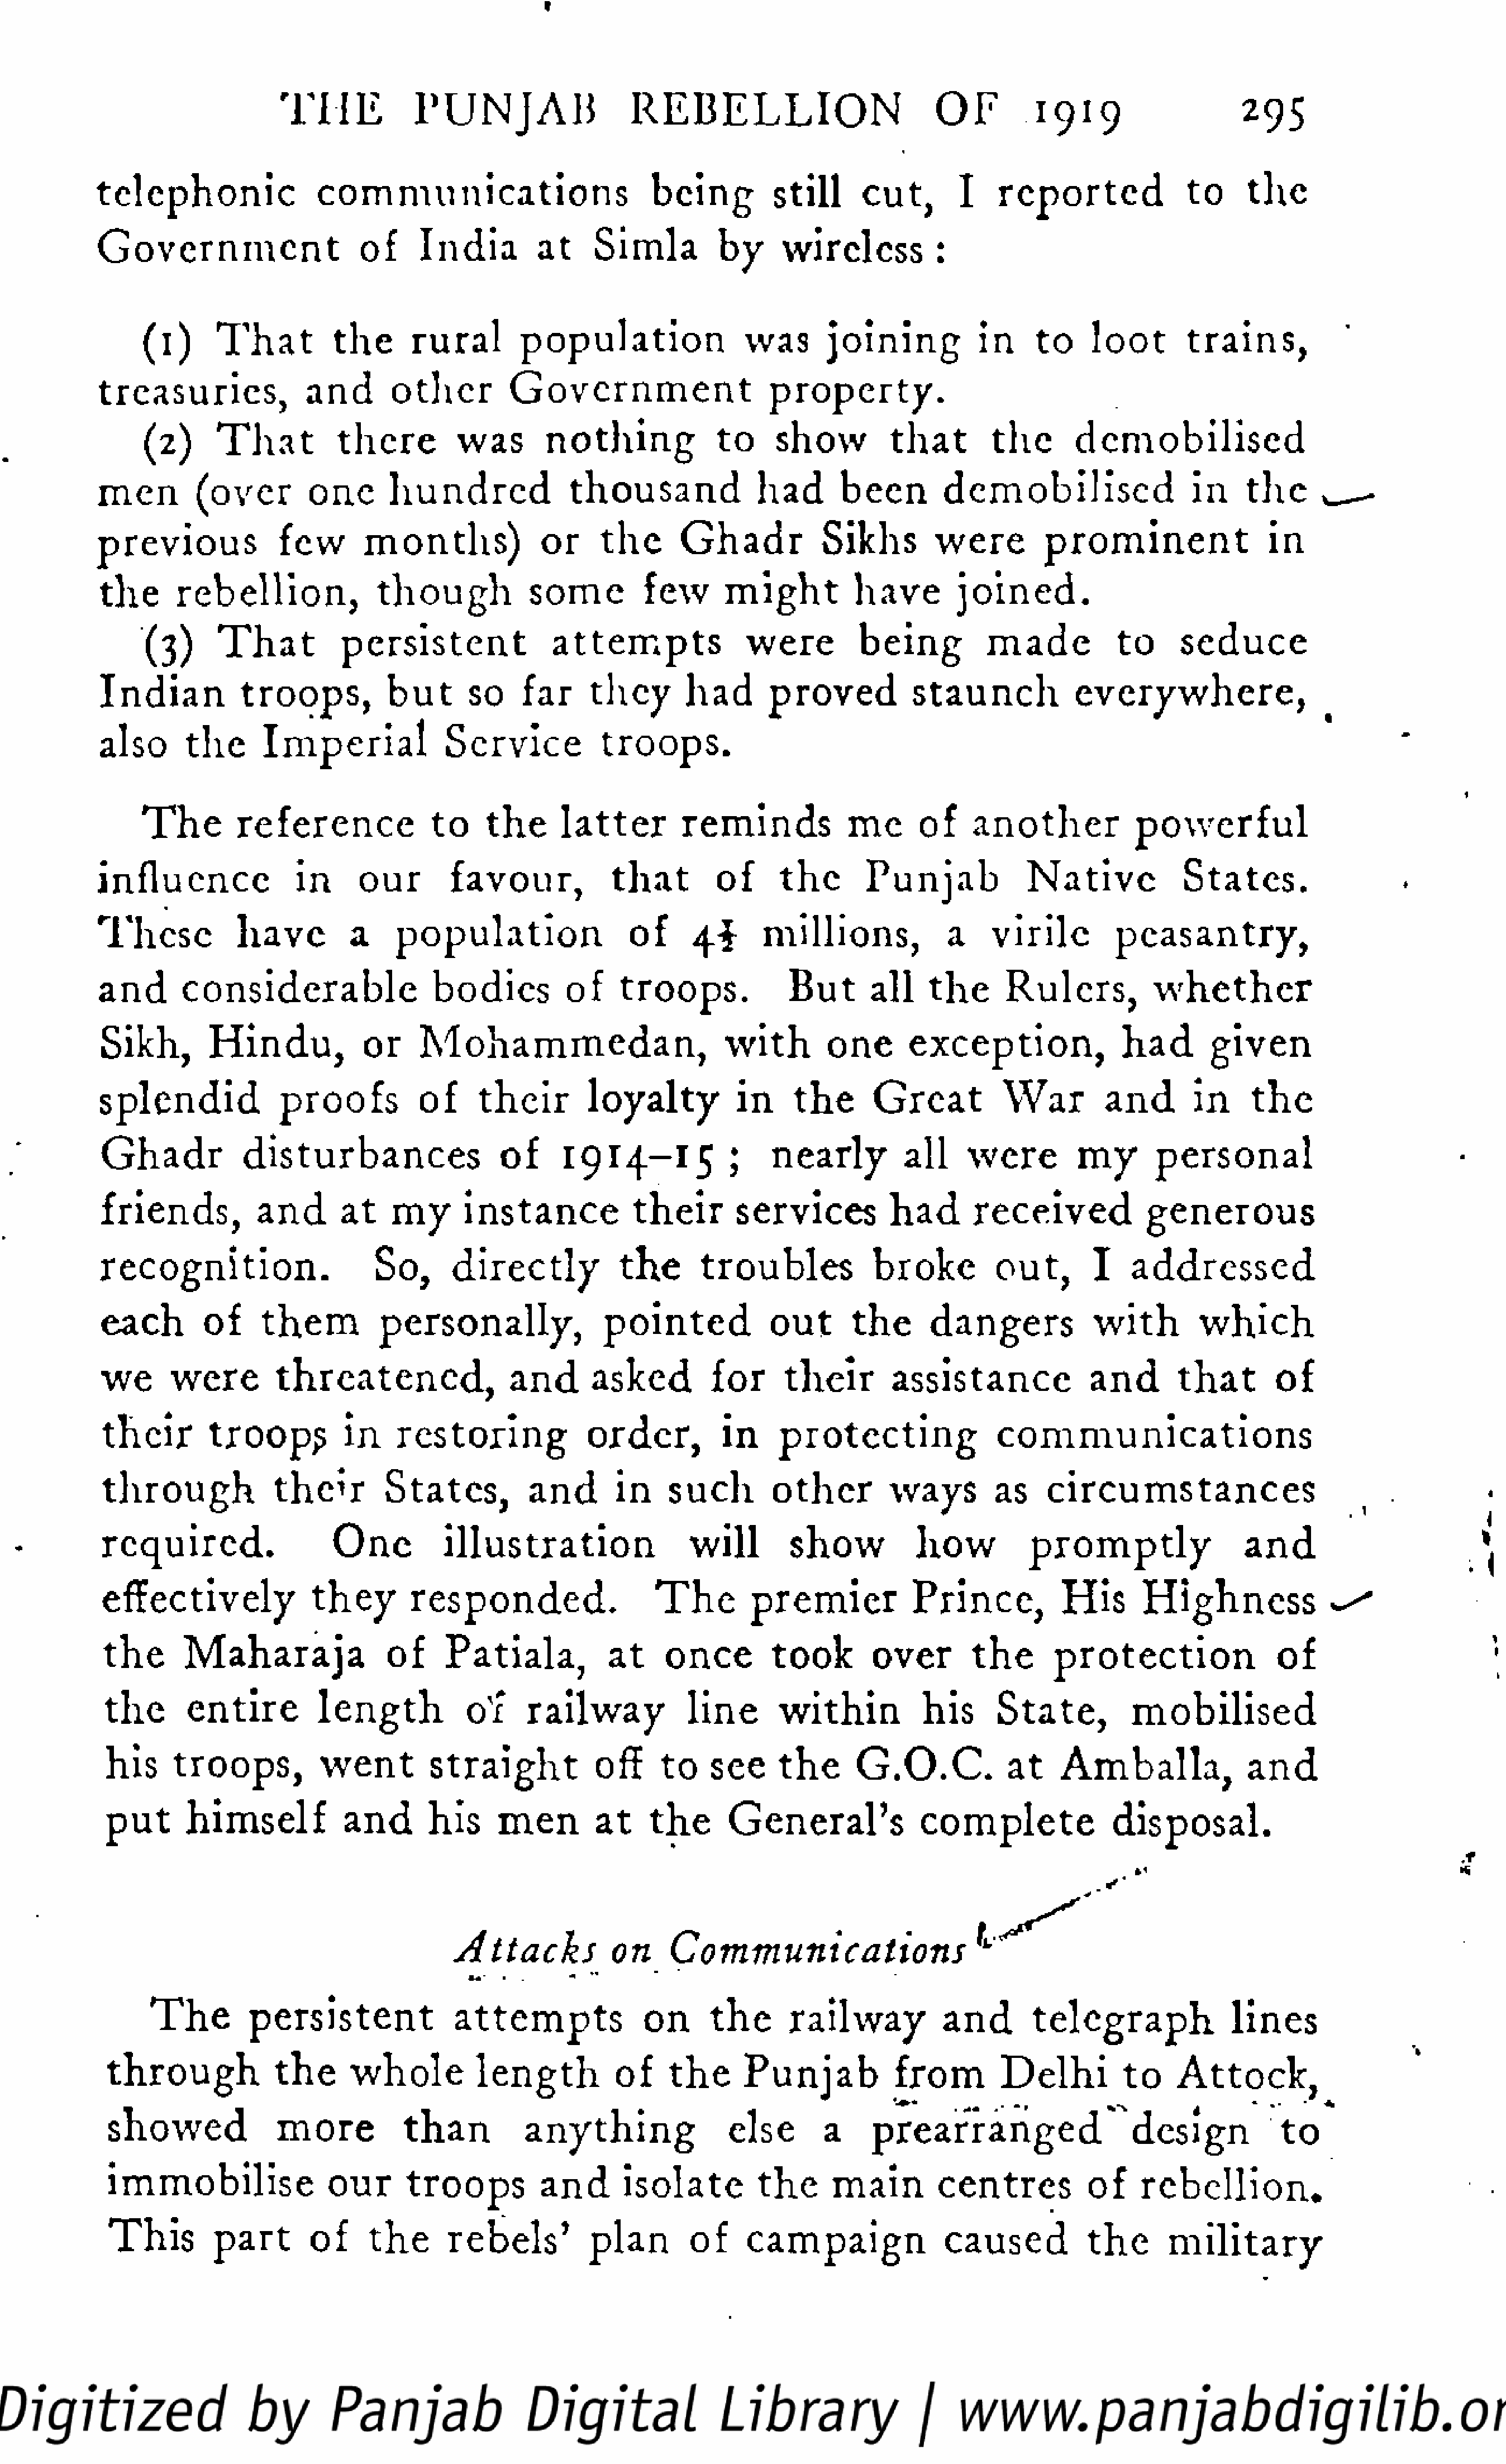
T   HE         P   U   N   J AB          R  E   B   E  L  L   I ON          OF         1919                     295
 telephonic                communications                          being         still     cut,        I   reported              to     the
 Government                    of      India        at     Simla         by      wireless:
 (1)      T  h  at     the      rural        population                was       joining          in     to    loot        trains,
 treasuries,             and       other         Government                    property.
 (2)      T  h  at     there         was        nothing             to    show          that        the       demobilised
 men        (over        one      hundred              thousand              had       been        demobilised                  in    the      ,    •
 previous              few       months)              or     the      Ghadr           Sikhs        were         prominent                 in
 the      rebellion,             though            some         few       might          have        joined.
 (3)      T  h  at      persistent               a t t e m   p  ts     were         being          made           to      seduce
 Indian          troops,          but       so    far     they       had       proved           staunch            everywhere,
 also      the      Imperial             Service            troops.
 T  he     reference              to    the      latter        reminds            me      of     another             powerful
 influence              in     our        favour,            that        of     the       Punjab             Native            States.
 These           have         a    population                  of     4$      millions,             a    virile         peasantry,
 and      considerable                  bodies         of     troops.             But      all    the      Rulers,           whether
 Sikh,        Hindu,            or    Mohammedan,                         with        one      exception,               had        given
 splendid             proofs          of     their        loyalty          in     the      Great          War         and       in     t he
 Ghadr           disturbances                   of     1914-15             ;    nearly         all    were         my        personal
 friends,          and       at    my      instance            their       services          had      received             generous
 recognition.                    So,      directly            the      troubles            broke         out,        I    addressed
 each        of     t h  em       personally,               pointed            out       the      dangers            with        which
 we      were        threatened,                and       asked         for      their       assistance             and       t h  at     of
 their       troops          in    restoring             order,          in     protecting                communications
 through             their        States,          and       in    such        other         ways        as     circumstances
 required.                  One          illustration                 will        show          how          promptly                  and
 effectively              they       responded.                   T   he     premier           Prince,           His      Highness                 ^
 the      Maharaja                of     Patiala,           at     once        took        over        the      protection                of
 the       entire         length           of     railway            line       within           his     State,          mobilised
 his     troops,          went         straight           off     to    see     the      G.O.C.           at    Amballa,               and
 put      himself           and       his     men        at    the      General's              complete               disposal.
 •
 i
 l
 Attacks           on     Communications                         '
 ..  .
 T  he      persistent              attempts              on      the      railway           and       telegraph              lines
 through            the      whole         length          of     the      Punjab           from        Delhi          to    Attock,
 showed              more          t h  an       anything                else       a     prearranged                   design            to
 immobilise                our      troops         and       isolate         the     main        centres           of     rebellion.
 This        part       of     the      rebels'          plan       of     campaign               caused           the       military